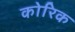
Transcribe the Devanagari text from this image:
कोरिक